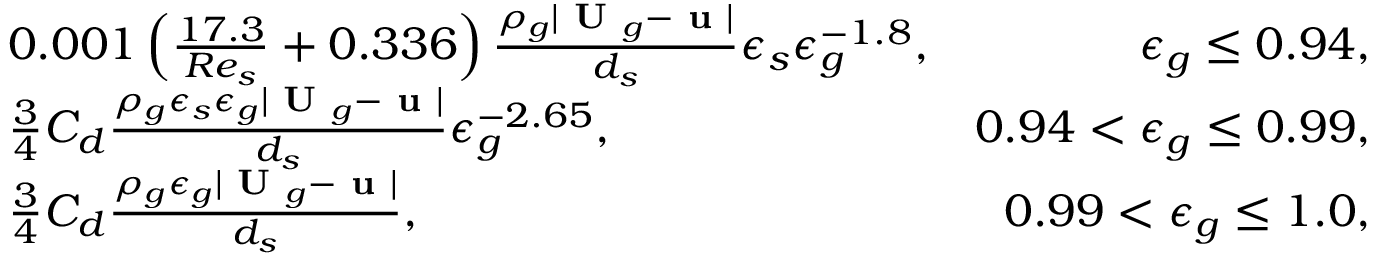
\begin{array} { r l r } & { 0 . 0 0 1 \left( \frac { 1 7 . 3 } { R e _ { s } } + 0 . 3 3 6 \right) \frac { \rho _ { g } | \textbf { U } _ { g } - \textbf { u } | } { d _ { s } } \epsilon _ { s } \epsilon _ { g } ^ { - 1 . 8 } , } & { \epsilon _ { g } \le 0 . 9 4 , } \\ & { \frac { 3 } { 4 } C _ { d } \frac { \rho _ { g } \epsilon _ { s } \epsilon _ { g } | \textbf { U } _ { g } - \textbf { u } | } { d _ { s } } \epsilon _ { g } ^ { - 2 . 6 5 } , } & { 0 . 9 4 < \epsilon _ { g } \le 0 . 9 9 , } \\ & { \frac { 3 } { 4 } C _ { d } \frac { \rho _ { g } \epsilon _ { g } | \textbf { U } _ { g } - \textbf { u } | } { d _ { s } } , } & { 0 . 9 9 < \epsilon _ { g } \le 1 . 0 , } \end{array}